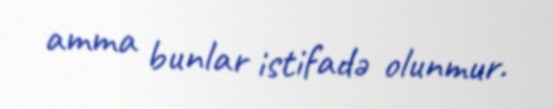
amma bunlar istifadə olunmur.